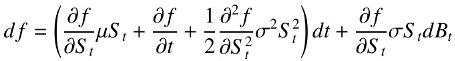
$d f=\left(\frac{\partial f}{\partial S_{t}} \mu S_{t}+\frac{\partial f}{\partial t}+\frac{1}{2} \frac{\partial^{2} f}{\partial S_{t}^{2}} \sigma^{2} S_{t}^{2}\right) d t+\frac{\partial f}{\partial S_{t}} \sigma S_{t} d B_{t}$